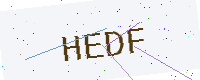
Text: HEDF